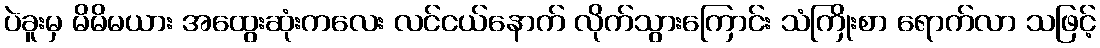
ပဲခူးမှ မိမိမယား အထွေးဆုံးကလေး လင်ငယ်နောက် လိုက်သွားကြောင်း သံကြိုးစာ ရောက်လာ သဖြင့်